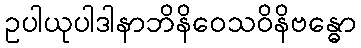
ဥပါယုပါဒါနာဘိနိဝေသဝိနိဗန္ဓော